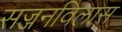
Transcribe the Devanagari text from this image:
सज्जनविलास